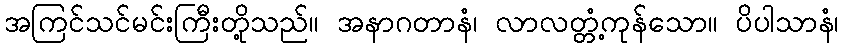
အကြင်သင်မင်းကြီးတို့သည်။ အနာဂတာနံ၊ လာလတ္တံ့ကုန်သော။ ပိပါသာနံ၊